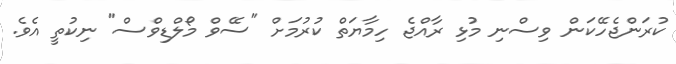
ކުރަންޖެހޭކަން ވިސްނި މުޅި ރާއްޖެ ހިމާޔަތް ކުރުމަށް "ސޭވް މޯލްޑިވްސް" ނިކުތީ އެވެ.